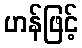
ဟန်ဖြင့်